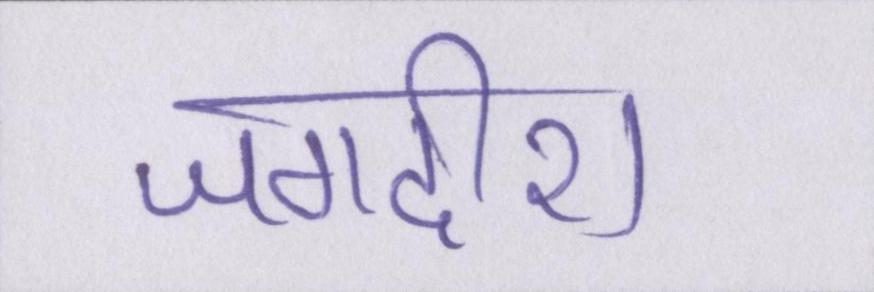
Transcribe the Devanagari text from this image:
जगदीश